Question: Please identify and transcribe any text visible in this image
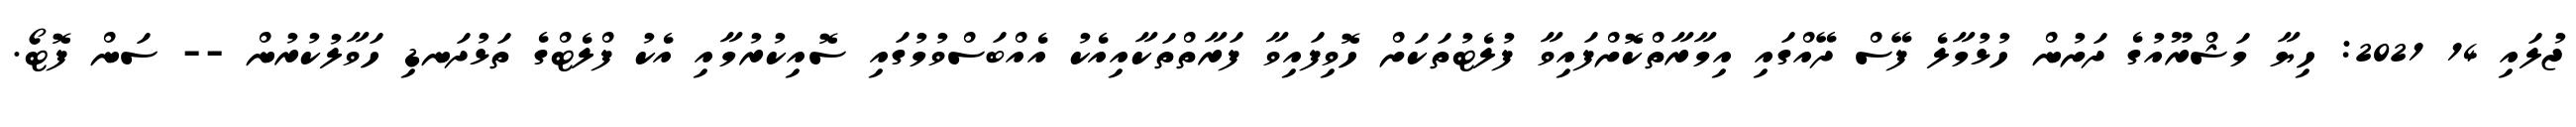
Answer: ޖުލައި 14 2021: ހިޔާ މަޝްރޫއުގެ ދަށުން ހުޅުމާލެ ފޭސް ދޭއްގައި އިމާރާތްކޮށްފައިވާ ފުލެޓުތަކަށް ހޮވިފައިވާ ފަރާތްތަކާއިއެކު އެއްބަސްވުމުގައި ސޮއިކުރުމާއި އެކު ފްލެޓްގެ ތަޅުދަނޑި ހަވާލުކުރުން -- ސަން ފޮޓޯ.